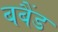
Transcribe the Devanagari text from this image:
बबैंड